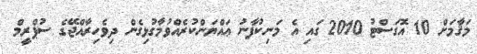
މަޤާމަށް 10 އޮގަސްޓު 2010 ގައި އެ މަނިކުފާނު ޢައްޔަންކުރެއްވުމާގުޅިގެން ދިވެހިރާއްޖޭގެ ސުޕްރީމް